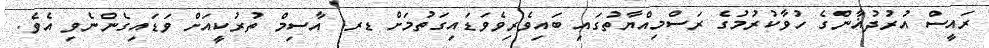
ރައީސް އުރުދުޣާންގެ ހުވާކުރުމުގެ ރަސްމިއްޔާތުގައި ބައިވެރިވެވަޑައިގަތުމަށް ޑރ. އާސިމް ތުރުކީއަށް ވަޑައިގެންނެވި އެވެ.